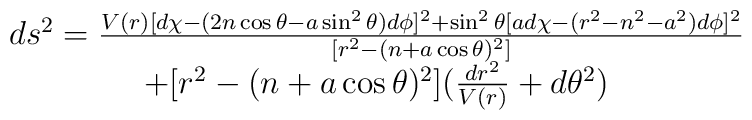
\begin{array}{c}ds^{2}=\frac{V(r)[d\chi -(2n\cos \theta -a\sin ^{2}\theta )d\phi ]^{2}+\sin^{2}\theta \lbrack ad\chi -(r^{2}-n^{2}-a^{2})d\phi ]^{2}}{[r^{2}-(n+a\cos\theta )^{2}]} \\ +[r^{2}-(n+a\cos \theta )^{2}](\frac{dr^{2}}{V(r)}+d\theta ^{2})\end{array}